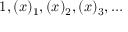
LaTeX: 1 , ( x ) _ { 1 } , ( x ) _ { 2 } , ( x ) _ { 3 } , \dots